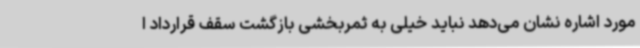
مورد اشاره نشان می‌دهد نباید خیلی به ثمربخشی بازگشت سقف قرارداد ا